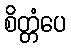
စိတ္တံပေ